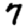
Digit: 7